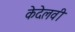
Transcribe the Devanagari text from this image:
केदेलवी